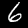
Label: 6